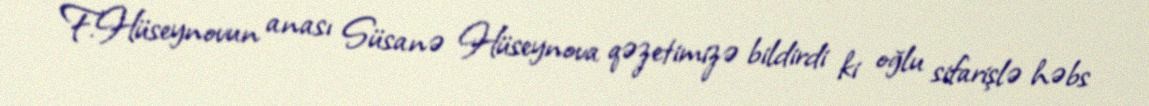
F.Hüseynovun anası Süsanə Hüseynova qəzetimizə bildirdi ki oğlu sifarişlə həbs